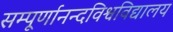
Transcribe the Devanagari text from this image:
सम्पूर्णानन्दविश्वविद्यालय